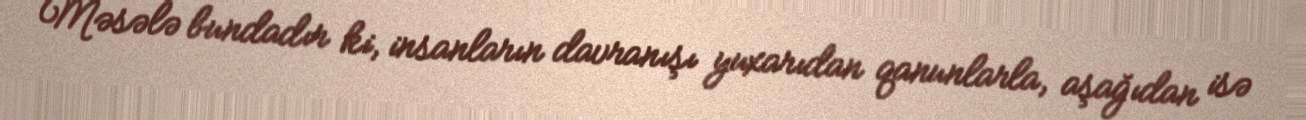
Məsələ bundadır ki, insanların davranışı yuxarıdan qanunlarla, aşağıdan isə